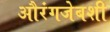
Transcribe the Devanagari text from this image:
औरंगजेबशी